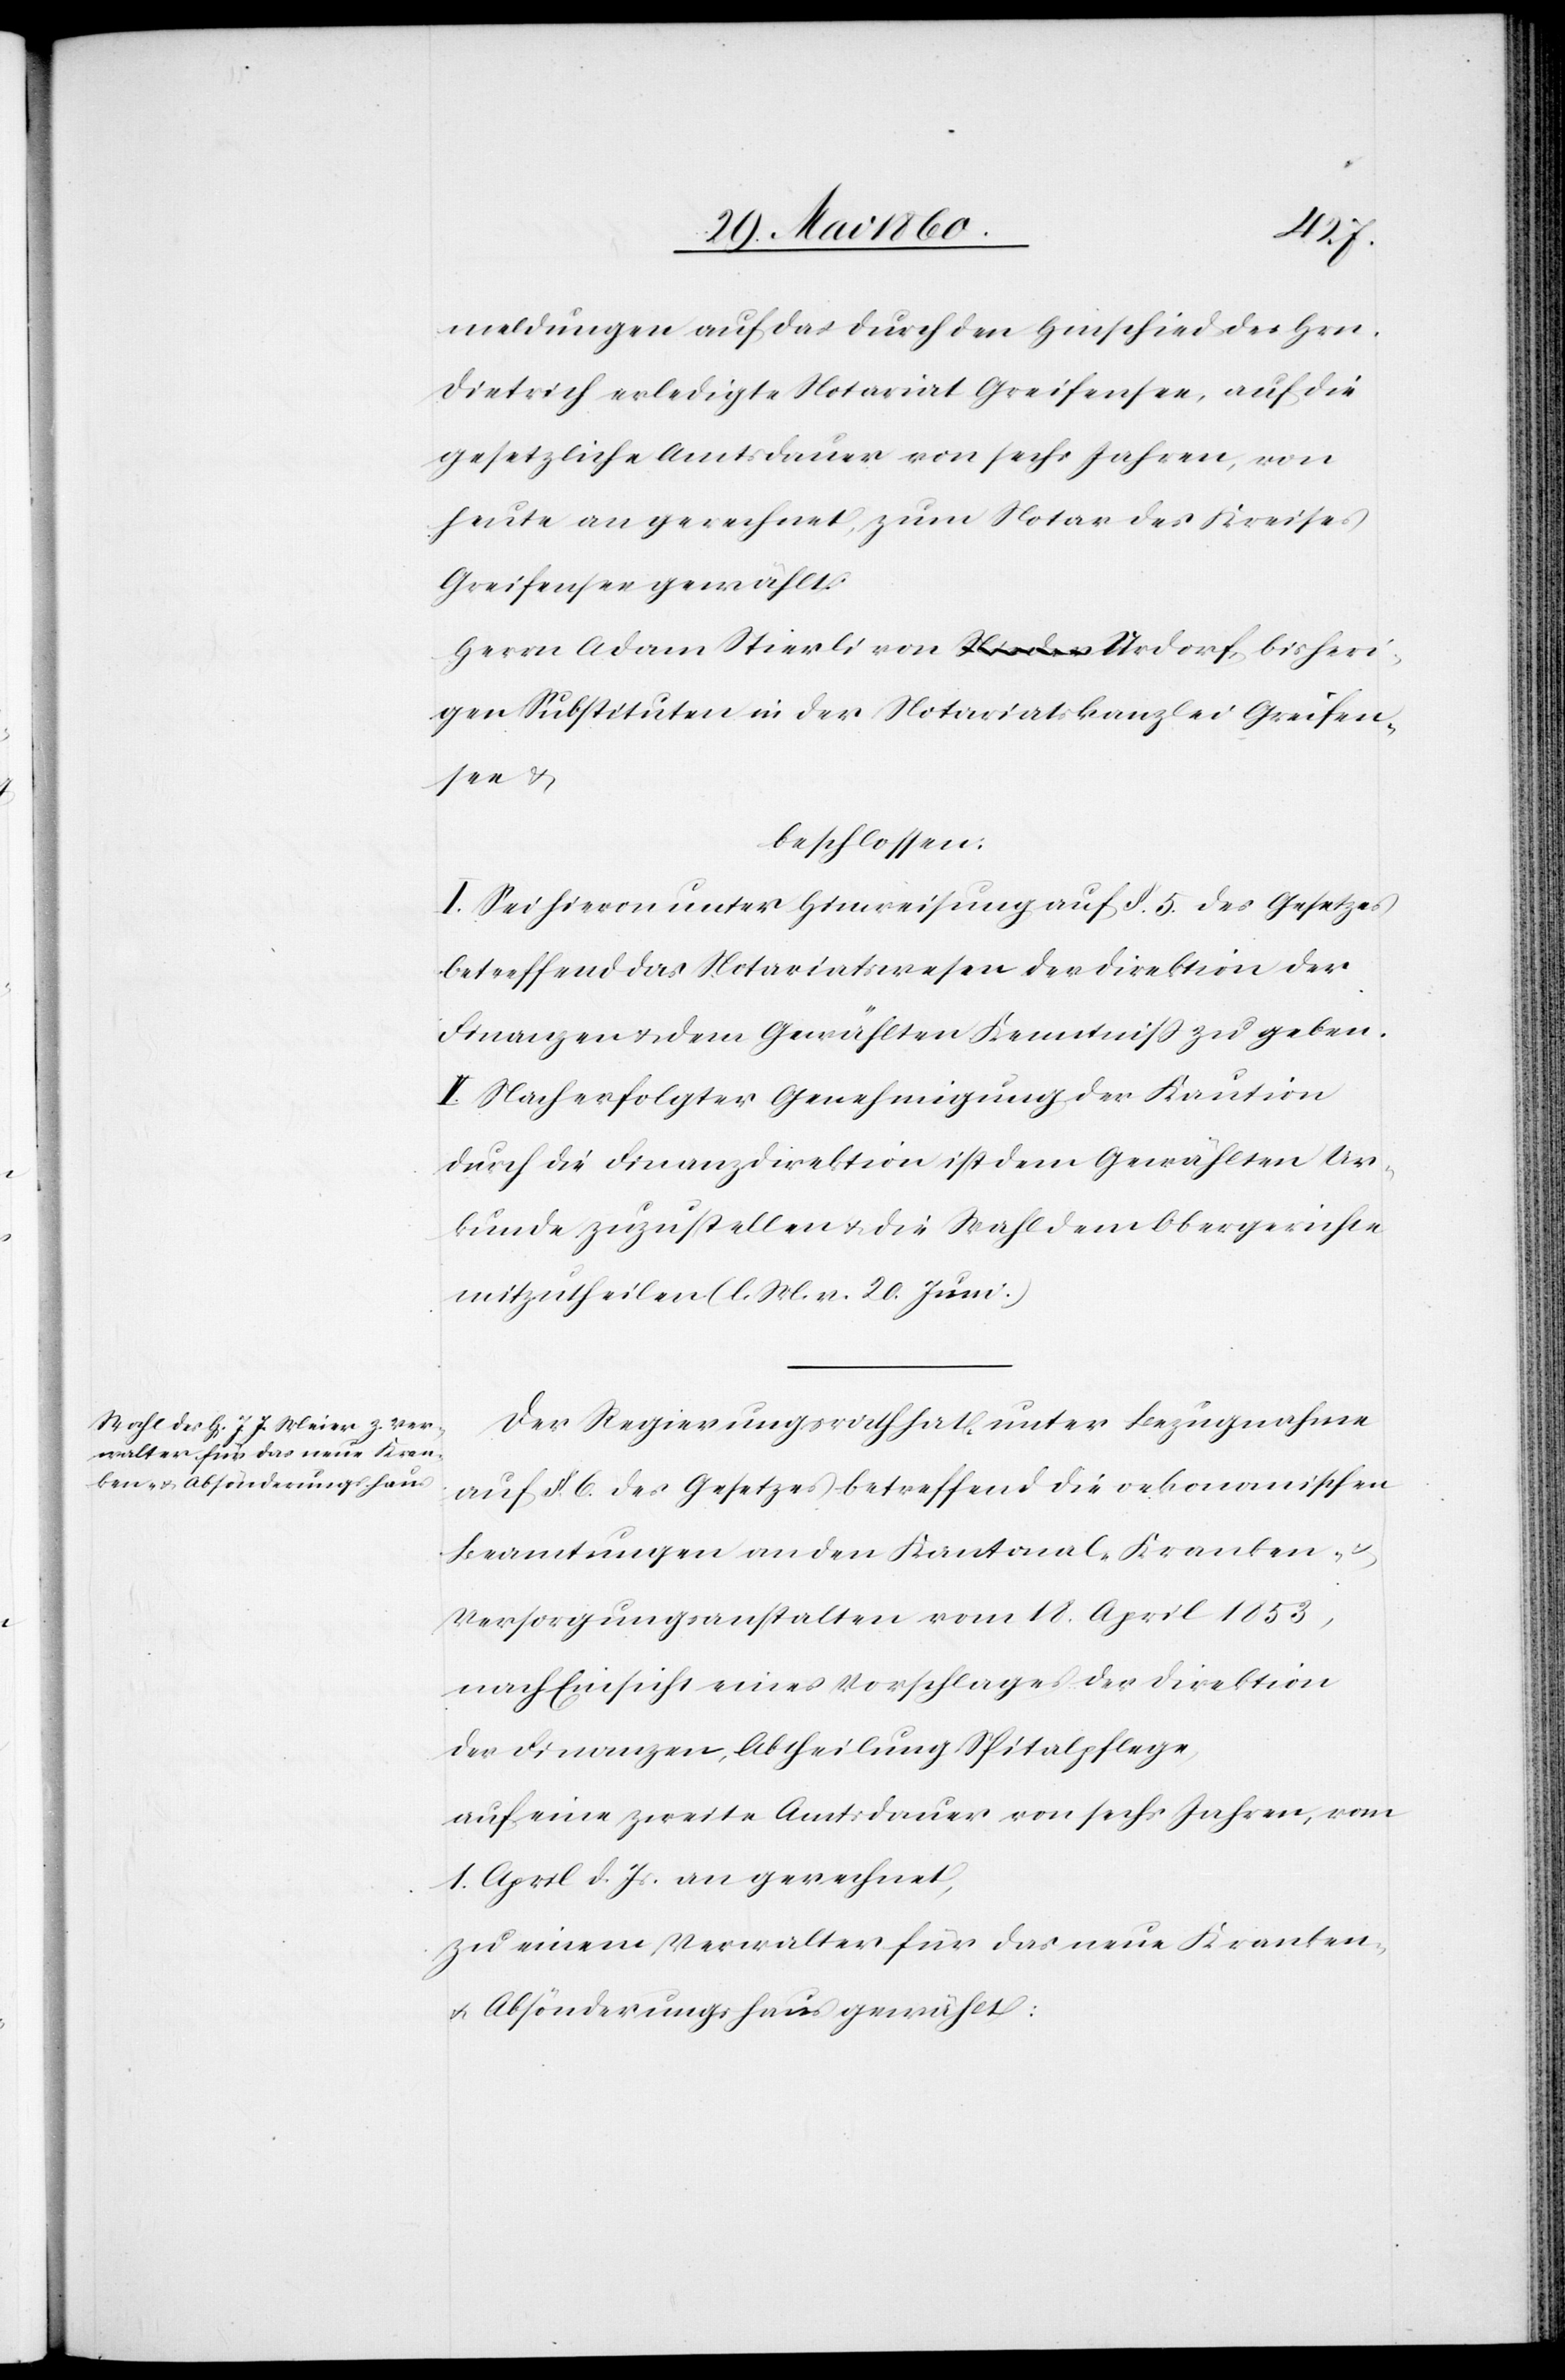
meldungen auf das durch den Hinschied des Hrn.
Dietrich erledigte Notariat Greifensee, auf die
gesetzliche Amtsdauer von sechs Jahren, von
heute an gerechnet, zum Notar des Kreises
Greifensee gewählt:
Herrn Adam Stierli von Urdorf, bisheri¬
gen Substituten in der Notariatskanzlei Greifen¬
see u.
beschlossen:
I. Sei hievon unter Hinweisung auf §. 5. des Gesetzes
betreffend das Notariatswesen der Direktion der
Finanzen u. dem Gewählten Kenntniss zu geben.
II. Nach erfolgter Genehmigung der Kaution
durch die Finanzdirektion ist dem Gewählten Ur¬
kunde zuzustellen u. die Wahl dem Obergerichte
mitzutheilen. (l. M. v. 20. Juni.)
Der Regierungsrath hat, unter Bezugnahme
auf §. 6. des Gesetzes betreffend die oekonomischen
Beamtungen an den Kantonal- Kranken- u.
Versorgungsanstalten vom 18. April 1853,
nach Einsicht eines Vorschlages der Direktion
der Finanzen, Abtheilung Spitalpflege,
auf eine zweite Amtsdauer von sechs Jahren, vom
1. April d. Js. an gerechnet,
zu einem Verwalter für das neue Kranken-
u. Absönderungshause gewählt: